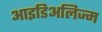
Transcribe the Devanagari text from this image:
आइडिअलिज्म